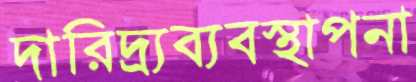
দারিদ্র্যব্যবস্থাপনা